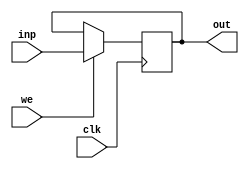
module Register(clk, inp, out, we);
    input clk, we;
    input [31:0] inp;
    output reg[31:0] out;
    

    always @( posedge clk) begin
        if (we) begin
            out = inp;
        end
        
    end

endmodule